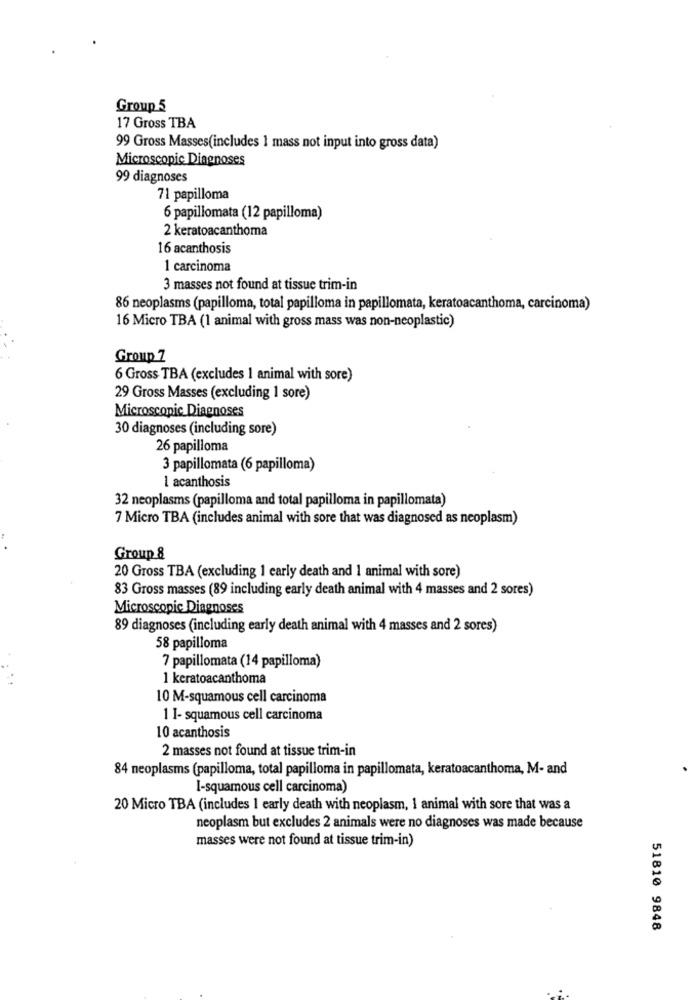
Group 5
17 Gross TBA
99 Gross Masses(includes 1 mass not input into gross data)
Microscopic Diagnoses
99 diagnoses
71 papilloma
6 papillomata (12 papilloma)
2 keratoacanthoma
16 acanthosis
1 carcinoma
3 masses not found at tissue trim-in
86 neoplasms (papilloma, total papilloma in papillomata, keratoacanthoma, carcinoma)
16 Micro TBA (1 animal with gross mass was non-neoplastic)
Group 7
6 Gross TBA (excludes 1 animal with sore)
29 Gross Masses (excluding 1 sore)
Microscopic Diagnoses
30 diagnoses (including sore)
26 papilloma
3 papillomata (6 papilloma)
I acanthosis
32 neoplasms (papilloma and total papilloma in papillomata)
7 Micro TBA (includes animal with sore that was diagnosed as neoplasm)
Group &
20 Gross TBA (excluding 1 carly death and 1 animal with sore)
83 Gross masses (89 including early death animal with 4 masses and 2 sores)
Microscopic Diagnoses
89 diagnoses (including early death animal with 4 masses and 2 sores)
58 papilloma
7 papillomata (14 papilloma)
1 keratoacanthoma
10 M-squamous cell carcinoma
1 I- squamous cell carcinoma
10 acanthosis
2 masses not found at tissue trim-in
84 neoplasms (papilloma, total papilloma in papillomata, keratoacanthoma, M- and
I-squamous cell carcinoma)
20 Micro TBA (includes 1 early death with neoplasm, 1 animal with sore that was a
neoplasm but excludes 2 animals were no diagnoses was made because
masses were not found at tissue trim-in)
51810 9848